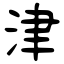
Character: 津